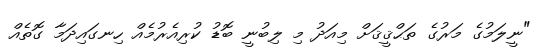
"ނީލަމުގެ މަރުގެ ތަޙްޤީޤަށް މިއަދު މި ލިބުނީ ބޮޑު ކުރިއެރުމެއް ހިނގައިދަމާ ގޮތެއް